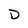
Character: D